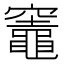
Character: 竈